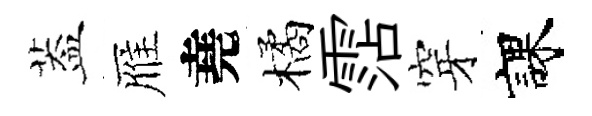
葢雁堯橘霑穿課